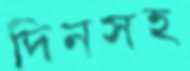
দিনসহ